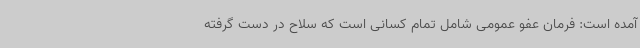
آمده است: فرمان عفو عمومی شامل تمام کسانی است که سلاح در دست گرفته